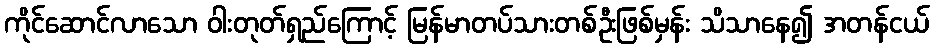
ကိုင်ဆောင်လာသော ဝါးတုတ်ရှည်ကြောင့် မြန်မာတပ်သားတစ်ဦးဖြစ်မှန်း သိသာနေ၍ အတန်ငယ်